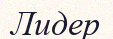
Лидер